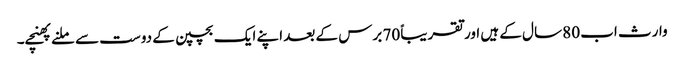
وارث اب 80 سال کے ہیں اور تقریباً 70 برس کے بعد اپنے ایک بچپن کے دوست سے ملنے پھنچے۔